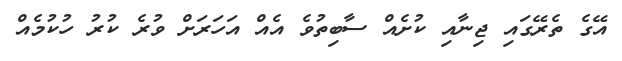
އޭގެ ތެރޭގައި ޖިނާއި ކުށެއް ސާބިތުވެ އެއް އަހަރަށް ވުރެ ކުރު ހުކުމެއް